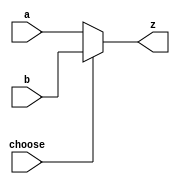
`timescale 1ns / 1ps
//////////////////////////////////////////////////////////////////////////////////
// Company: 
// Engineer: 
// 
// Design Name: 
// Module Name: MUX5
// Project Name: 
// Target Devices: 
// Tool Versions: 
// Description: 
// 
// Dependencies: 
// 
// Revision:
// Revision 0.01 - File Created
// Additional Comments:
// 
//////////////////////////////////////////////////////////////////////////////////


module MUX5(
    input [4:0]a,
    input [4:0]b,
    input choose,
    output [4:0]z
    );
    assign z= choose ? b : a;

endmodule